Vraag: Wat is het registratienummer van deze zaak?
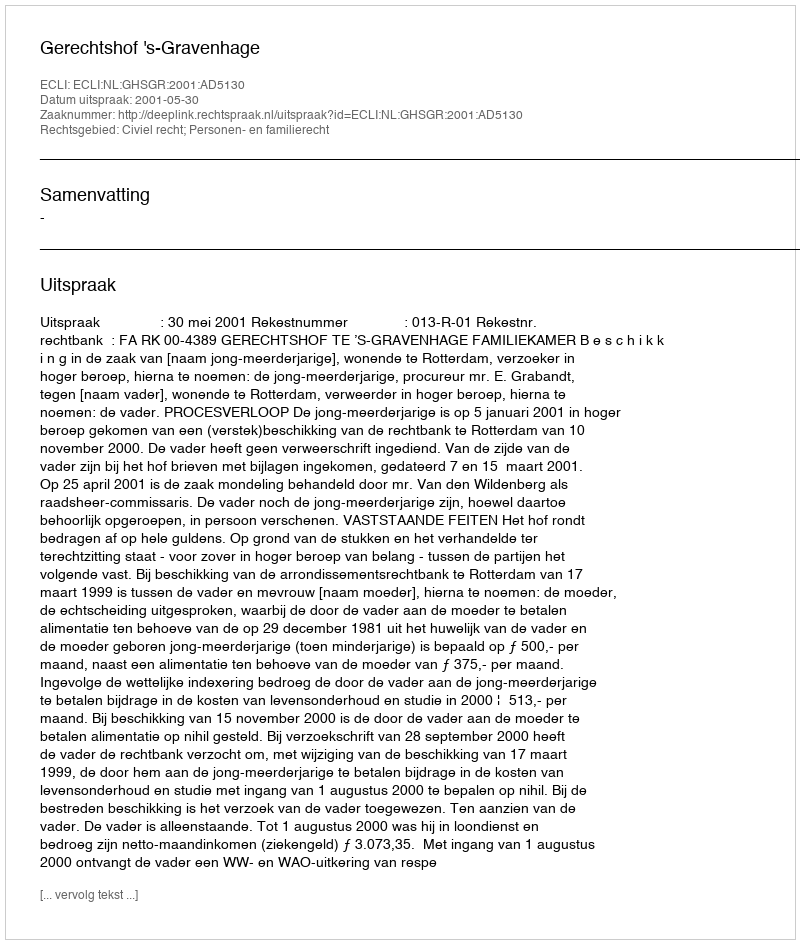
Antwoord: http://deeplink.rechtspraak.nl/uitspraak?id=ECLI:NL:GHSGR:2001:AD5130